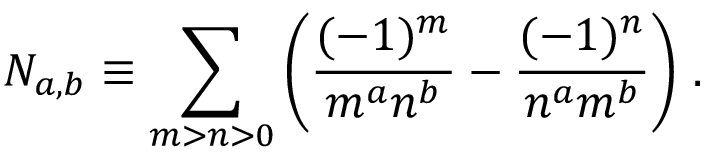
N _ { a , b } \equiv \sum _ { m > n > 0 } \left( \frac { ( - 1 ) ^ { m } } { m ^ { a } n ^ { b } } - \frac { ( - 1 ) ^ { n } } { n ^ { a } m ^ { b } } \right) \, .